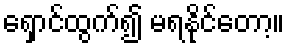
ရှောင်ထွက်၍ မရနိုင်တော့။